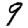
Digit: 9